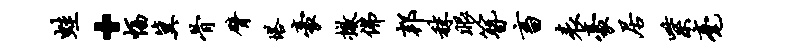
蛙·幅冀骨臂塔豪撤佛邦秣眼簪畜表豪居紫毫